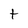
Character: t